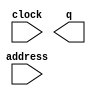
// megafunction wizard: %ROM: 1-PORT%VBB%
// GENERATION: STANDARD
// VERSION: WM1.0
// MODULE: altsyncram 

// ============================================================
// Megafunction Name(s):
// 			altsyncram
//
// Simulation Library Files(s):
// 			altera_mf
// ============================================================
// ************************************************************
// THIS IS A WIZARD-GENERATED FILE. DO NOT EDIT THIS FILE!
//
// 9.0 Build 132 02/25/2009 SJ Full Version
// ************************************************************

//Copyright (C) 1991-2009 Altera Corporation
//Your use of Altera Corporation's design tools, logic functions 
//and other software and tools, and its AMPP partner logic 
//functions, and any output files from any of the foregoing 
//(including device programming or simulation files), and any 
//associated documentation or information are expressly subject 
//to the terms and conditions of the Altera Program License 
//Subscription Agreement, Altera MegaCore Function License 
//Agreement, or other applicable license agreement, including, 
//without limitation, that your use is for the sole purpose of 
//programming logic devices manufactured by Altera and sold by 
//Altera or its authorized distributors.  Please refer to the 
//applicable agreement for further details.

module rom_src (
	address,
	clock,
	q);

	input	[7:0]  address;
	input	  clock;
	output	[15:0]  q;

endmodule

// ============================================================
// CNX file retrieval info
// ============================================================
// Retrieval info: PRIVATE: ADDRESSSTALL_A NUMERIC "0"
// Retrieval info: PRIVATE: AclrAddr NUMERIC "0"
// Retrieval info: PRIVATE: AclrByte NUMERIC "0"
// Retrieval info: PRIVATE: AclrOutput NUMERIC "0"
// Retrieval info: PRIVATE: BYTE_ENABLE NUMERIC "0"
// Retrieval info: PRIVATE: BYTE_SIZE NUMERIC "8"
// Retrieval info: PRIVATE: BlankMemory NUMERIC "0"
// Retrieval info: PRIVATE: CLOCK_ENABLE_INPUT_A NUMERIC "0"
// Retrieval info: PRIVATE: CLOCK_ENABLE_OUTPUT_A NUMERIC "0"
// Retrieval info: PRIVATE: Clken NUMERIC "0"
// Retrieval info: PRIVATE: IMPLEMENT_IN_LES NUMERIC "0"
// Retrieval info: PRIVATE: INIT_FILE_LAYOUT STRING "PORT_A"
// Retrieval info: PRIVATE: INIT_TO_SIM_X NUMERIC "0"
// Retrieval info: PRIVATE: INTENDED_DEVICE_FAMILY STRING "Stratix II"
// Retrieval info: PRIVATE: JTAG_ENABLED NUMERIC "0"
// Retrieval info: PRIVATE: JTAG_ID STRING "NONE"
// Retrieval info: PRIVATE: MAXIMUM_DEPTH NUMERIC "0"
// Retrieval info: PRIVATE: MIFfilename STRING "src_mif.mif"
// Retrieval info: PRIVATE: NUMWORDS_A NUMERIC "255"
// Retrieval info: PRIVATE: RAM_BLOCK_TYPE NUMERIC "0"
// Retrieval info: PRIVATE: RegAddr NUMERIC "1"
// Retrieval info: PRIVATE: RegOutput NUMERIC "0"
// Retrieval info: PRIVATE: SYNTH_WRAPPER_GEN_POSTFIX STRING "0"
// Retrieval info: PRIVATE: SingleClock NUMERIC "1"
// Retrieval info: PRIVATE: UseDQRAM NUMERIC "0"
// Retrieval info: PRIVATE: WidthAddr NUMERIC "8"
// Retrieval info: PRIVATE: WidthData NUMERIC "16"
// Retrieval info: PRIVATE: rden NUMERIC "0"
// Retrieval info: CONSTANT: CLOCK_ENABLE_INPUT_A STRING "BYPASS"
// Retrieval info: CONSTANT: CLOCK_ENABLE_OUTPUT_A STRING "BYPASS"
// Retrieval info: CONSTANT: INIT_FILE STRING "src_mif.mif"
// Retrieval info: CONSTANT: INTENDED_DEVICE_FAMILY STRING "Stratix II"
// Retrieval info: CONSTANT: LPM_HINT STRING "ENABLE_RUNTIME_MOD=NO"
// Retrieval info: CONSTANT: LPM_TYPE STRING "altsyncram"
// Retrieval info: CONSTANT: NUMWORDS_A NUMERIC "255"
// Retrieval info: CONSTANT: OPERATION_MODE STRING "ROM"
// Retrieval info: CONSTANT: OUTDATA_ACLR_A STRING "NONE"
// Retrieval info: CONSTANT: OUTDATA_REG_A STRING "UNREGISTERED"
// Retrieval info: CONSTANT: WIDTHAD_A NUMERIC "8"
// Retrieval info: CONSTANT: WIDTH_A NUMERIC "16"
// Retrieval info: CONSTANT: WIDTH_BYTEENA_A NUMERIC "1"
// Retrieval info: USED_PORT: address 0 0 8 0 INPUT NODEFVAL address[7..0]
// Retrieval info: USED_PORT: clock 0 0 0 0 INPUT NODEFVAL clock
// Retrieval info: USED_PORT: q 0 0 16 0 OUTPUT NODEFVAL q[15..0]
// Retrieval info: CONNECT: @address_a 0 0 8 0 address 0 0 8 0
// Retrieval info: CONNECT: q 0 0 16 0 @q_a 0 0 16 0
// Retrieval info: CONNECT: @clock0 0 0 0 0 clock 0 0 0 0
// Retrieval info: LIBRARY: altera_mf altera_mf.altera_mf_components.all
// Retrieval info: GEN_FILE: TYPE_NORMAL rom_src.v TRUE
// Retrieval info: GEN_FILE: TYPE_NORMAL rom_src.inc FALSE
// Retrieval info: GEN_FILE: TYPE_NORMAL rom_src.cmp FALSE
// Retrieval info: GEN_FILE: TYPE_NORMAL rom_src.bsf TRUE FALSE
// Retrieval info: GEN_FILE: TYPE_NORMAL rom_src_inst.v TRUE
// Retrieval info: GEN_FILE: TYPE_NORMAL rom_src_bb.v TRUE
// Retrieval info: GEN_FILE: TYPE_NORMAL rom_src_waveforms.html TRUE
// Retrieval info: GEN_FILE: TYPE_NORMAL rom_src_wave*.jpg FALSE
// Retrieval info: LIB_FILE: altera_mf